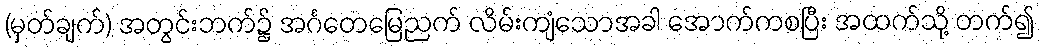
(မှတ်ချက်) အတွင်းဘက်၌ အင်္ဂတေမြေညက် လိမ်းကျံသောအခါ အောက်ကစပြီး အထက်သို့ တက်၍